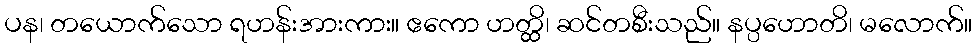
ပန၊ တယောက်သော ရဟန်းအားကား။ ဧကော ဟတ္ထိ၊ ဆင်တစီးသည်။ နပ္ပဟောတိ၊ မလောက်။